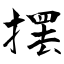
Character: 摆